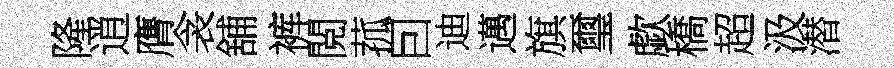
隆逍膺衾舖裤閲菰囙迪邁旗璽歔橋超汲潜